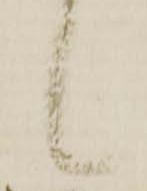
候